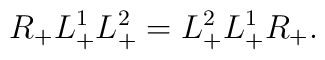
R_+ L^1_+ L^2_+ = L^2_+ L^1_+ R_+.